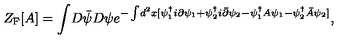
Z _ { \mathrm { F } } [ A ] = \int \! D { \bar { \psi } } D \psi e ^ { - \int \! d ^ { 2 } x [ \psi _ { 1 } ^ { \dagger } i \partial \psi _ { 1 } + \psi _ { 2 } ^ { \dagger } i { \bar { \partial } } \psi _ { 2 } - \psi _ { 1 } ^ { \dagger } A \psi _ { 1 } - \psi _ { 2 } ^ { \dagger } { \bar { A } } \psi _ { 2 } ] } ,